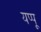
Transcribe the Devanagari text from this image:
यप्पू